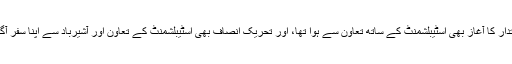
پیپلزپارٹی کے اقتدار کا آغاز بھی اسٹیبلشمنٹ کے ساتھ تعاون سے ہوا تھا، اور تحریک انصاف بھی اسٹیبلشمنٹ کے تعاون اور آشیرباد سے اپنا سفر آگے بڑھا رہی ہے۔